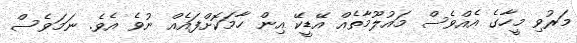
މަރުވި މީހާގެ އެއްވެސް މައުލޫމާތެއް އޭޑީކޭ އިން ހާމަކޮށްފައެއް ނުވެ އެވެ. ނަމަވެސް